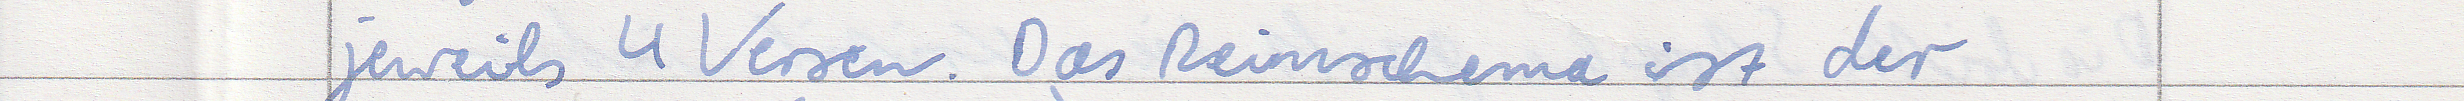
jeweils 4 Versen. Das Reimschema ist der